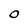
Character: 0